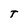
Character: T